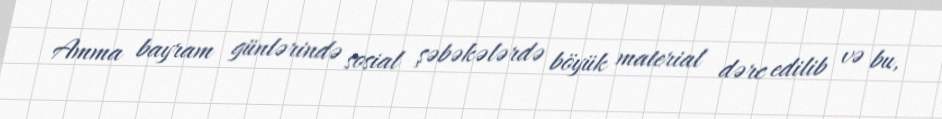
Amma bayram günlərində sosial şəbəkələrdə böyük material dərc edilib və bu,